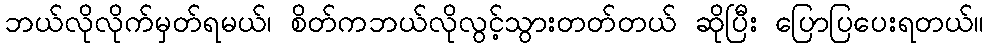
ဘယ်လိုလိုက်မှတ်ရမယ်၊ စိတ်ကဘယ်လိုလွင့်သွားတတ်တယ် ဆိုပြီး ပြောပြပေးရတယ်။